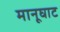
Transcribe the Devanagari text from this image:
मानूघाट